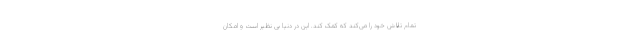
تمام تلاش خود را می‌کند که کمک کند. این در دنیا بی نظیر است و امکان